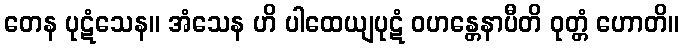
တေန ပုဋံသေန။ အံသေန ဟိ ပါထေယျပုဋံ ဝဟန္တေနာပီတိ ဝုတ္တံ ဟောတိ။